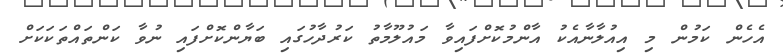
އެހެން ކަމުން މި އިއުލާނާއެކު އާންމުކޮށްފައިވާ މައުލޫމާތު ކަރުދާހުގައި ބަޔާންކޮށްފައި ނުވާ ކަންތައްތަކަކަށް